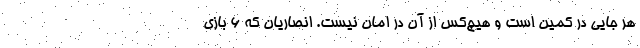
هر جایی در کمین است و هیچ‌کس از آن در امان نیست. انصاریان که ۶ بازی